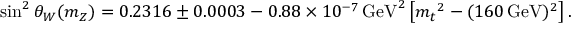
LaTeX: { \sin ^ { 2 } \theta _ { W } } ( m _ { Z } ) = 0 . 2 3 1 6 \pm 0 . 0 0 0 3 - 0 . 8 8 \times 1 0 ^ { - 7 } { \mathrm { \, G e V } } ^ { 2 } \left[ { m _ { t } } ^ { 2 } - ( 1 6 0 \mathrm { \, G e V } ) ^ { 2 } \right] .